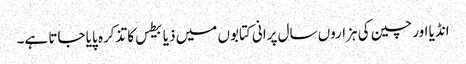
انڈیا اور چین کی ہزاروں سال پرانی کتابوں میں ذیابیطس کا تذکرہ پایا جاتا ہے۔